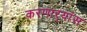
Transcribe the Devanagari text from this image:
करणाऱ्यांस